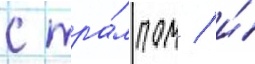
с тра́мпом / и́